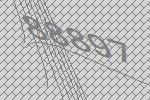
88897